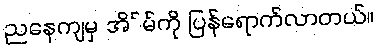
ညနေကျမှ အိ်မ်ကို ပြန်ရောက်လာတယ်။